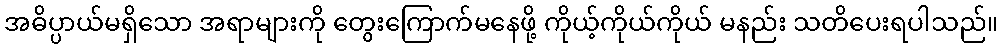
အဓိပ္ပာယ်မရှိသော အရာများကို တွေးကြောက်မနေဖို့ ကိုယ့်ကိုယ်ကိုယ် မနည်း သတိပေးရပါသည်။